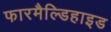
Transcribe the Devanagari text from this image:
फारमैल्डिहाइड